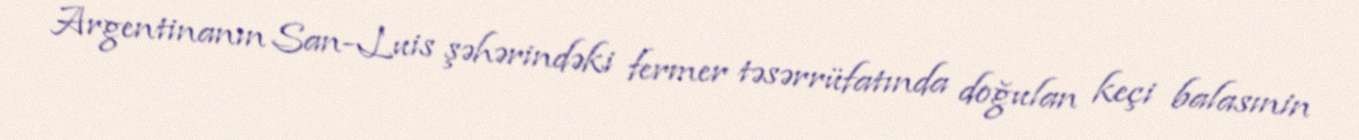
Argentinanın San-Luis şəhərindəki fermer təsərrüfatında doğulan keçi balasınin